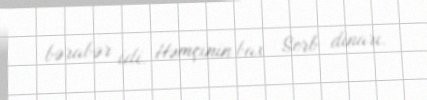
bərabər idi. Həmçinin bax Serb dinarı.